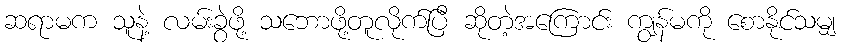
ဆရာမက သူနဲ့ လမ်းခွဲဖို့ သဘောဖို့တူလိုက်ပြီ ဆိုတဲ့အကြောင်း ကျွန်မကို စောနိုင်သမျှ